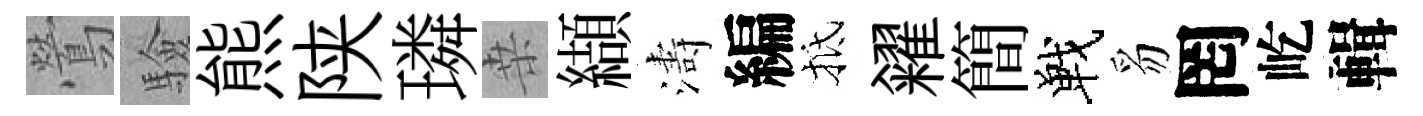
鶯驗熊陕璘桒纈濤編抵糴簡戰豸罔屹輯